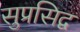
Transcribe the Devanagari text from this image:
सुप्रसिद्व